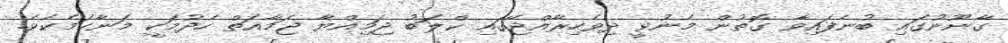
ގާނޫނުގައި ބުނެފައިވާ ގޮތުން މެނުވީ ދިވެހިރާއްޖޭގައި ކްލަބު ޖަމިއްޔާ ޖަމާއަތް ހެދުމަކީ މަނާކަމެކެވެ.